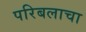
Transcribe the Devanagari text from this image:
परिबलाचा